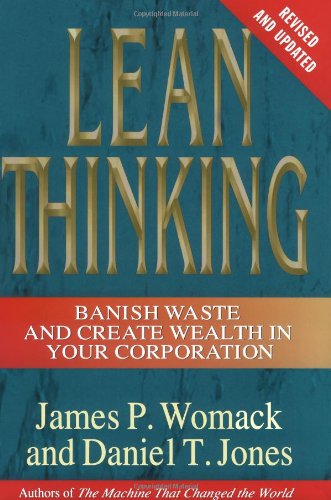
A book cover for Lean Thinking: Banish Waste and Create Wealth in Your Corporation, Revised and Updated; James P. Womack; Business & Money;